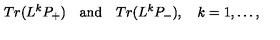
T r ( L ^ { k } P _ { + } ) \quad \mathrm { a n d } \quad T r ( L ^ { k } P _ { - } ) , \quad k = 1 , \ldots ,